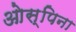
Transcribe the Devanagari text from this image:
ओस्पिना